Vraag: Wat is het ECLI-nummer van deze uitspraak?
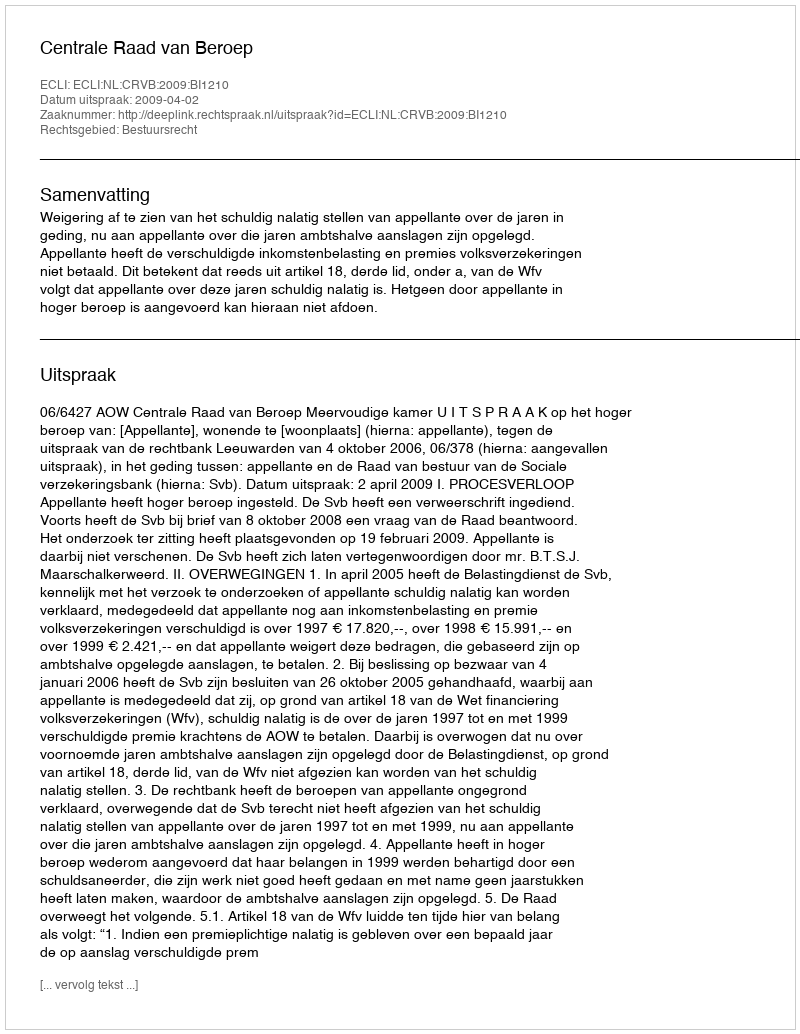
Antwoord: ECLI:NL:CRVB:2009:BI1210